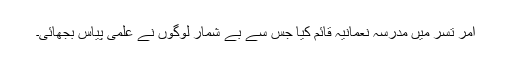
امر تسر میں مدرسہ نعمانیہ قائم کیا جس سے بے شمار لوگوں نے علمی پیاس بجھائی۔